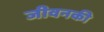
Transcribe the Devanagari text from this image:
जीवनकी